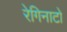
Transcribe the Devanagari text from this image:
रेगिनाटो